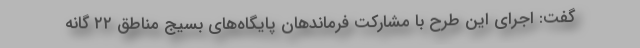
گفت: اجرای این طرح با مشارکت فرماندهان پایگاه‌های بسیج مناطق ۲۲ گانه